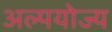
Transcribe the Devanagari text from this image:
अल्पयोज्य